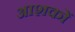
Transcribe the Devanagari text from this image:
आशकों